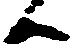
候